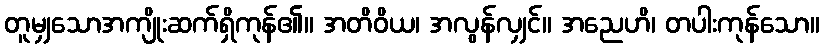
တူမျှသောအကျိုးဆက်ရှိကုန်၏။ အတိဝိယ၊ အလွန်လျှင်။ အညေဟိ၊ တပါးကုန်သော။